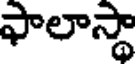
ఫాలాస్థా